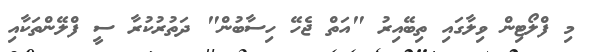
މި ފްލޯޓިން ވިލާގައި ތިބޭއިރު "އަތް ޖެހޭ ހިސާބުން" ދަތުރުކުރާ ސީ ފްލޭންތަކާއި